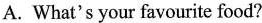
A. What's your favourite food?